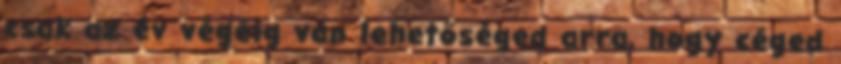
csak az év végéig van lehetőséged arra, hogy céged